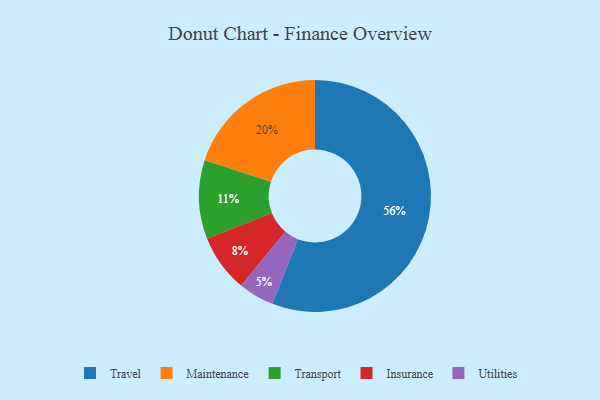
{"axis": {"x": "Category", "y": "Percentage"}, "legend": ["Insurance", "Maintenance", "Transport", "Travel", "Utilities"], "data": [{"x": "Maintenance", "y": 20, "type": "Maintenance"}, {"x": "Travel", "y": 56, "type": "Travel"}, {"x": "Utilities", "y": 5, "type": "Utilities"}, {"x": "Insurance", "y": 8, "type": "Insurance"}, {"x": "Transport", "y": 11, "type": "Transport"}]}